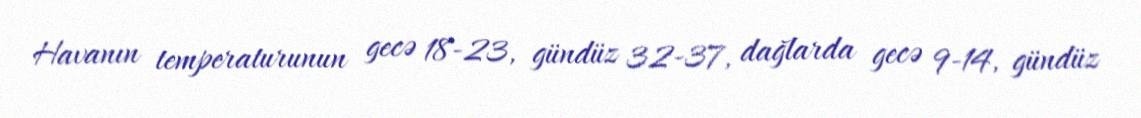
Havanın temperaturunun gecə 18-23, gündüz 32-37, dağlarda gecə 9-14, gündüz